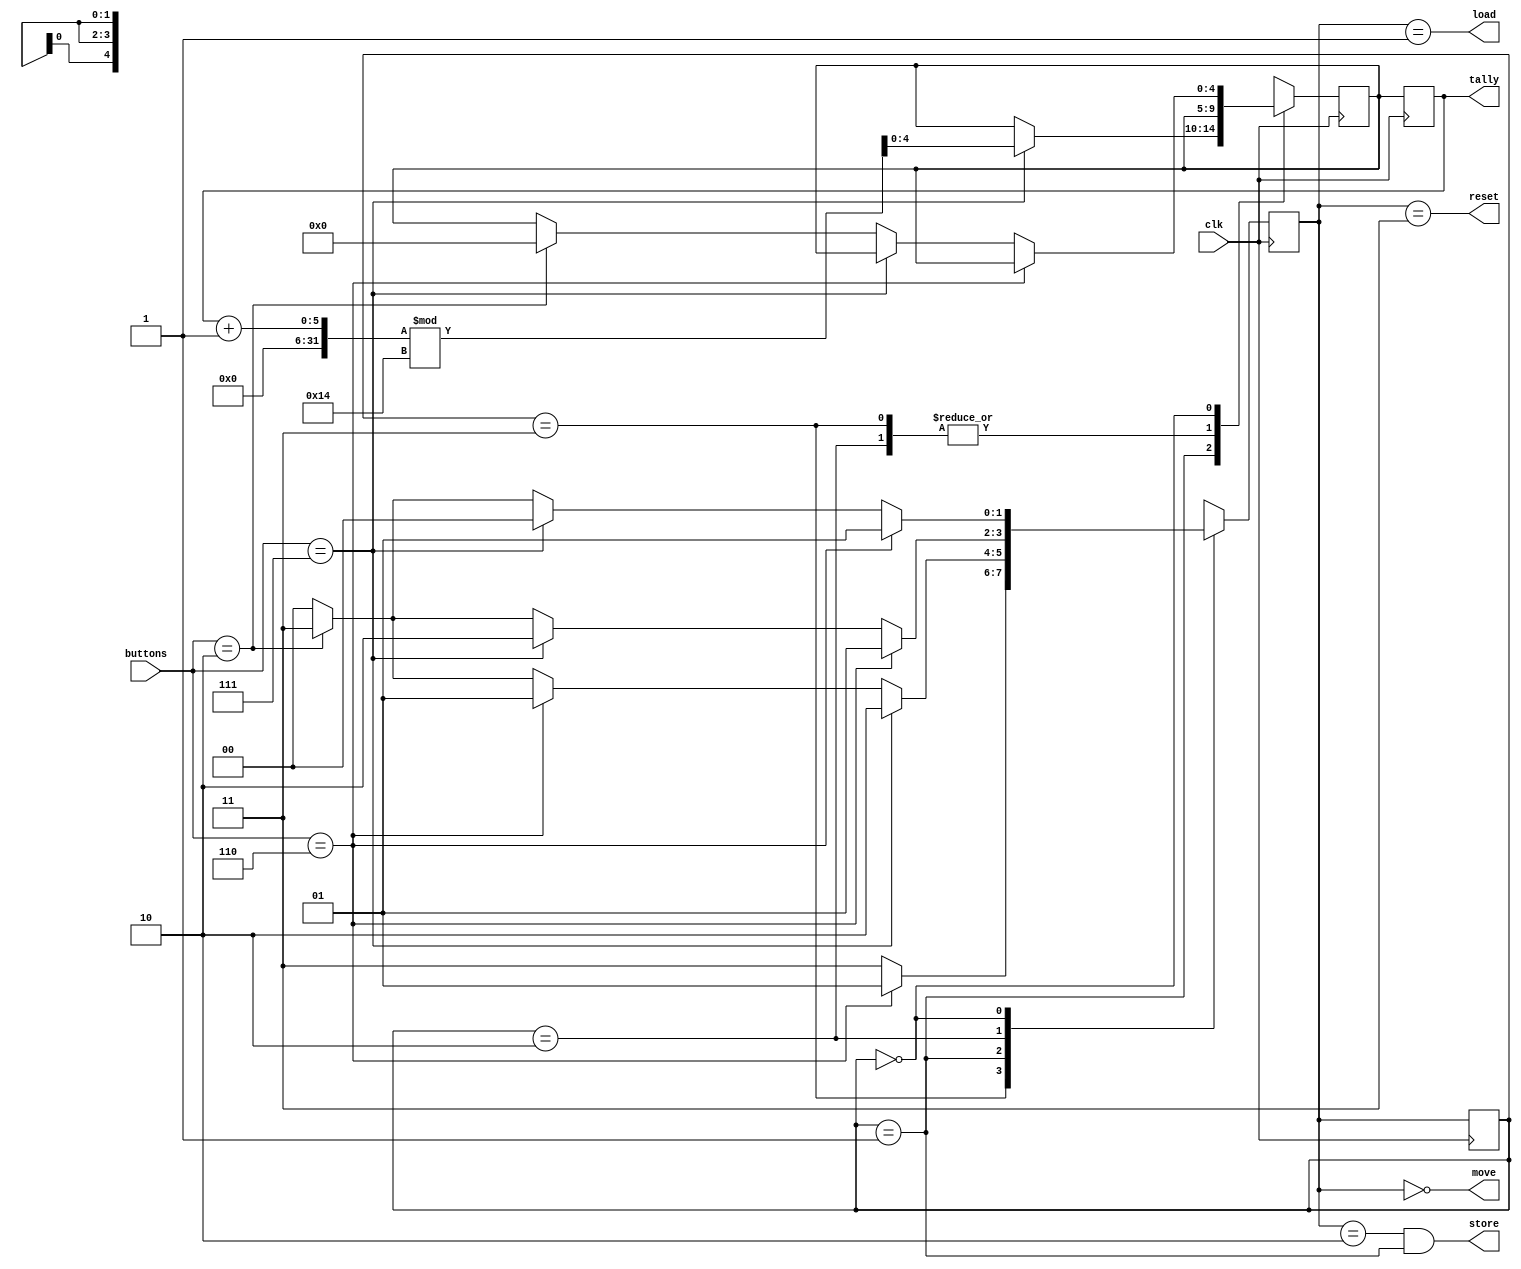
`timescale 1ns / 1ps
//////////////////////////////////////////////////////////////////////////////////
// Company: 
// Engineer: 
// 
// Design Name: 
// Module Name: Control
// Project Name: 
// Target Devices: 
// Tool Versions: 
// Description: 
// 
// Dependencies: 
// 
// Revision:
// Revision 0.01 - File Created
// Additional Comments:
// 
//////////////////////////////////////////////////////////////////////////////////


module Control(input[2:0] buttons,input clk,output load, store, reset, move, output reg[4:0]tally); 

    localparam Move = 2'b00;
    localparam Load = 2'b01;
    localparam Store = 2'b10;
    localparam Reset = 2'b11;
    
    reg[1:0] state, nextState;
    reg[4:0]ptr = 5'b11111;
    reg [4:0] currentTally = 0;
   
    //state register logic
    always@(posedge clk)begin
        state <= nextState;
        tally <= currentTally;
    end   
    
   
    always@(posedge clk)begin
    case(state)
    Reset: if(buttons==3'b110) nextState = Load;
           else nextState = Reset;
    Load: if(buttons==3'b111) begin
          nextState = Store;
          currentTally = (tally + 1'b1)%20;end
          else if(buttons==3'b110) nextState = Load;
          else if(buttons==3'b010) nextState = Reset;
          else nextState = Move;
    Store: if(buttons==3'b110) nextState = Load;
           else if(buttons==3'b111) nextState = Store;
           else if(buttons==3'b010) nextState = Reset;
           else nextState = Move;
    Move: if(buttons==3'b110) nextState = Load;
          else if(buttons==3'b111) nextState = Move;
          else if(buttons==3'b010) begin
          nextState = Reset;
          currentTally = 0;end
          else nextState = Move; 
    endcase
    end
    
    //output logic
    assign load = (nextState == Load);
    assign store = (nextState == Store & state == Load);
    assign reset = (nextState == Reset);
    assign move = (nextState == Move);
    //assign add = (nextState == Store);
    
endmodule